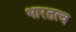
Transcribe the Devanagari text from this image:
भारतत्व